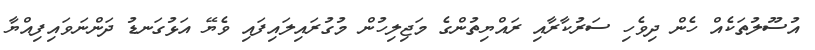
އުސޫލުތަކެއް ހެން ދިވެހި ސަރުކާރާއި ރައްޔިތުންގެ މަޖިލިހުން މުގުރައިލައިފައި ވެޔޭ އަޅުގަނޑު ދަންނަވައިފިއްޔާ